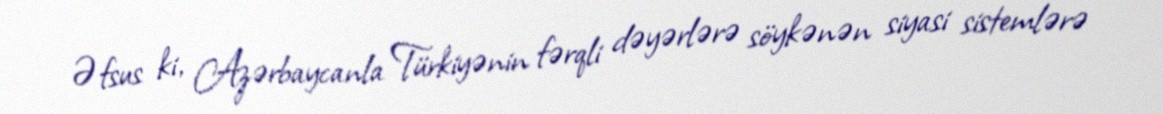
Əfsus ki, Azərbaycanla Türkiyənin fərqli dəyərlərə söykənən siyasi sistemlərə